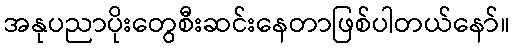
အနုပညာပိုးတွေစီးဆင်းနေတာဖြစ်ပါတယ်နော်။